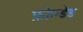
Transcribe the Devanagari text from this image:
फ़ोल्डेड